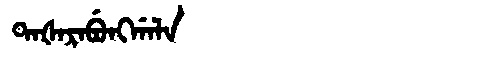
Manchu: ᡨᠠᡧᠠᡵᠠᠪᡠᠩᡤᠠᠯᠠ
Romanization: TAŠARABUNGGALA